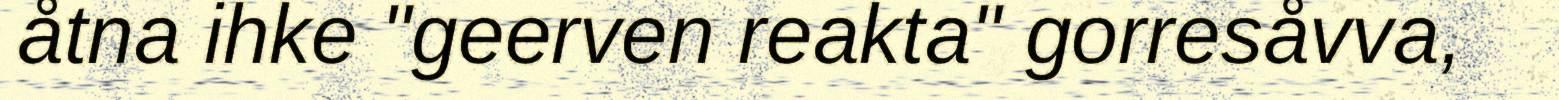
åtna ihke "geerven reakta" gorresåvva,